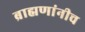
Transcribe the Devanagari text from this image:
ब्राह्मणांनीच